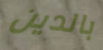
بالدين